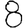
Digit: 8